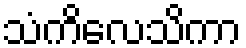
သံကိလေသိကာ